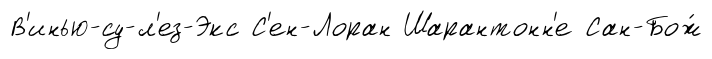
В'инью-су-л'ез-Экс С'ен-Лоран Шарантонн'е Сан-Бож́